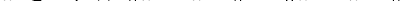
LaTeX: \smash{x\in A_{i}\Leftrightarrow\| x-x^{(i)}\| \le\| x-x^{(j)}\| }